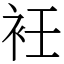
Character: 衽